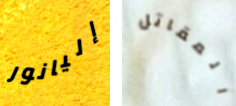
إليانور المقاتل